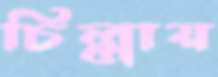
চিল্লায়